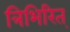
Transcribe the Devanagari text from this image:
त्रिभिरित्